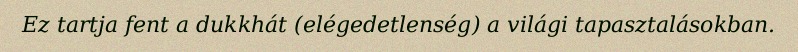
Ez tartja fent a dukkhát (elégedetlenség) a világi tapasztalásokban.